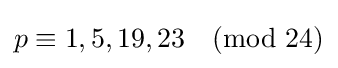
p\equiv 1,5,19,23{\pmod {24}}